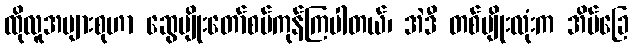
ထိုလူအများစုဟာ ဆွေမျိုးတော်စပ်ကုန်ကြပါတယ်၊ အဲဒီ တစ်မျိုးလုံးက အိမ်ခြေ